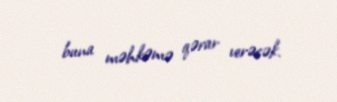
buna məhkəmə qərar verəcək.